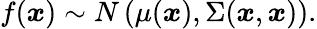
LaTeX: f(\boldsymbol{x})\sim N\left(\mu(\boldsymbol{x}),\Sigma(\boldsymbol{x},\boldsymbol{x})\right).